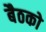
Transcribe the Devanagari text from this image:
बैठको